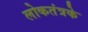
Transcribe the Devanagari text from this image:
लोकतंत्रके